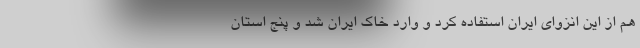
هم از این انزوای ایران استفاده کرد و وارد خاک ایران شد و پنج استان